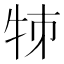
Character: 𤙂